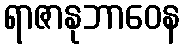
ရာဇာနုဘာဝေန